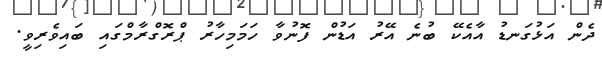
ދެން އަޅުގަނޑު އާއެކޭ ބުނެ އޭރު އަޑުން ފޮނުވާ ހަމަމިހާރު ޕްރޮގްރާމްގައި ބައިވެރިވީ.